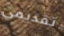
تقديمي